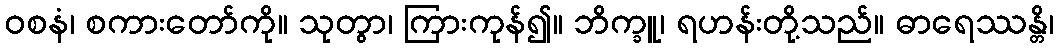
ဝစနံ၊ စကားတော်ကို။ သုတွာ၊ ကြားကုန်၍။ ဘိက္ခူ၊ ရဟန်းတို့သည်။ ဓာရေဿန္တိ၊